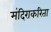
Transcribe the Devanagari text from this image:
मंदिराकरिता